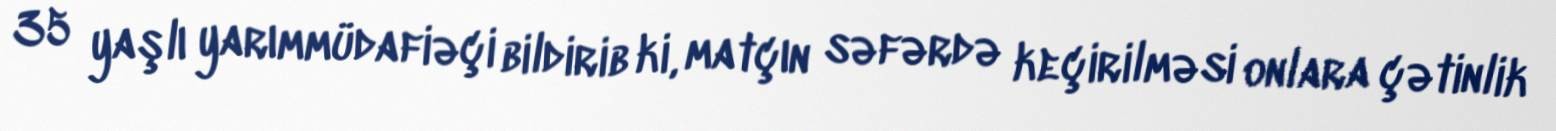
35 yaşlı yarımmüdafiəçi bildirib ki, matçın səfərdə keçirilməsi onlara çətinlik